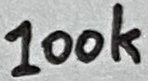
Text: 100k